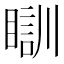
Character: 瞓